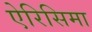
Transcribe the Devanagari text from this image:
ऐरिसिमा